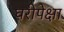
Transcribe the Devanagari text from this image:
घरीपेक्षा